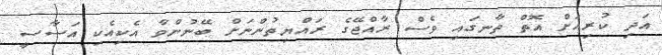
އަދި ކުރިއަށް އޮތް ތާނގައި ވެސް ރާއްޖޭގެ ރައްޔިިތުންނަށް ބޭނުންވާ އެކިއެކި އަސާސީ